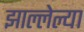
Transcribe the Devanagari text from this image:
झाल्लेल्या